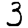
Digit: 3